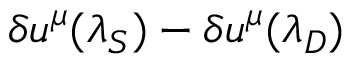
\delta u ^ { \mu } ( \lambda _ { S } ) - \delta u ^ { \mu } ( \lambda _ { D } )